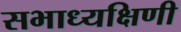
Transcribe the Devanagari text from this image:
सभाध्यक्षिणी